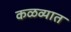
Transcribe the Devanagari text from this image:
कळव्यात